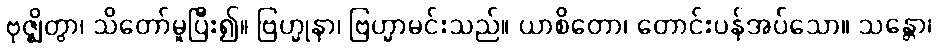
ဗုဇ္ဈိတွာ၊ သိတော်မူပြီး၍။ ဗြဟ္မုနာ၊ ဗြဟ္မာမင်းသည်။ ယာစိတော၊ တောင်းပန်အပ်သော။ သန္တော၊